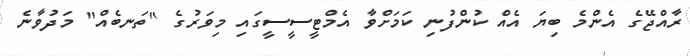
ރާއްޖޭގެ އެންމެ ބިޔަ އެއް ކުންފުނި ކަމަށްވާ އެމްޓީސީސީގައި މިވަރުގެ "ތަނބެއް" މަދުވާނެ